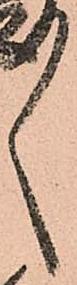
ゝ